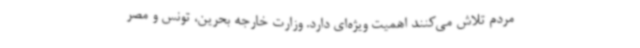
مردم تلاش می‌کنند اهمیت ویژه‌ای دارد. وزارت خارجه بحرین، تونس و مصر